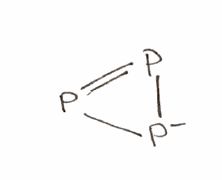
Simplified molecular-input line-entry system (SMILES) notation of the given molecule:
[P-]1P=P1